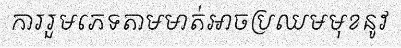
ការរួមភេទតាមមាត់អាចប្រឈមមុខនូវ